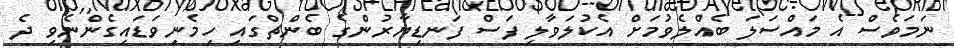
ނަމަވެސް އެ މައްސަލަ ބެއްލެވުމަށް އެކުލަވާލި ފަސް ފަނޑިޔާރުންގެ ބެންޗްގައި ހިމެނިވަޑައިގެންނެވި ދެ